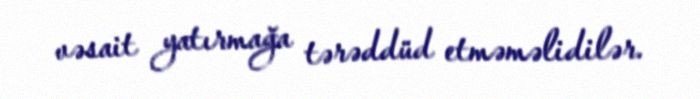
vəsait yatırmağa tərəddüd etməməlidilər.